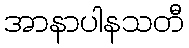
အာနာပါနသတီ